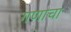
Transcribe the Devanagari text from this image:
गणाचा